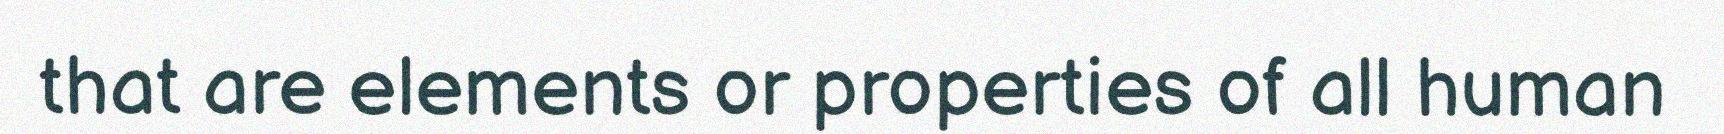
that are elements or properties of all human